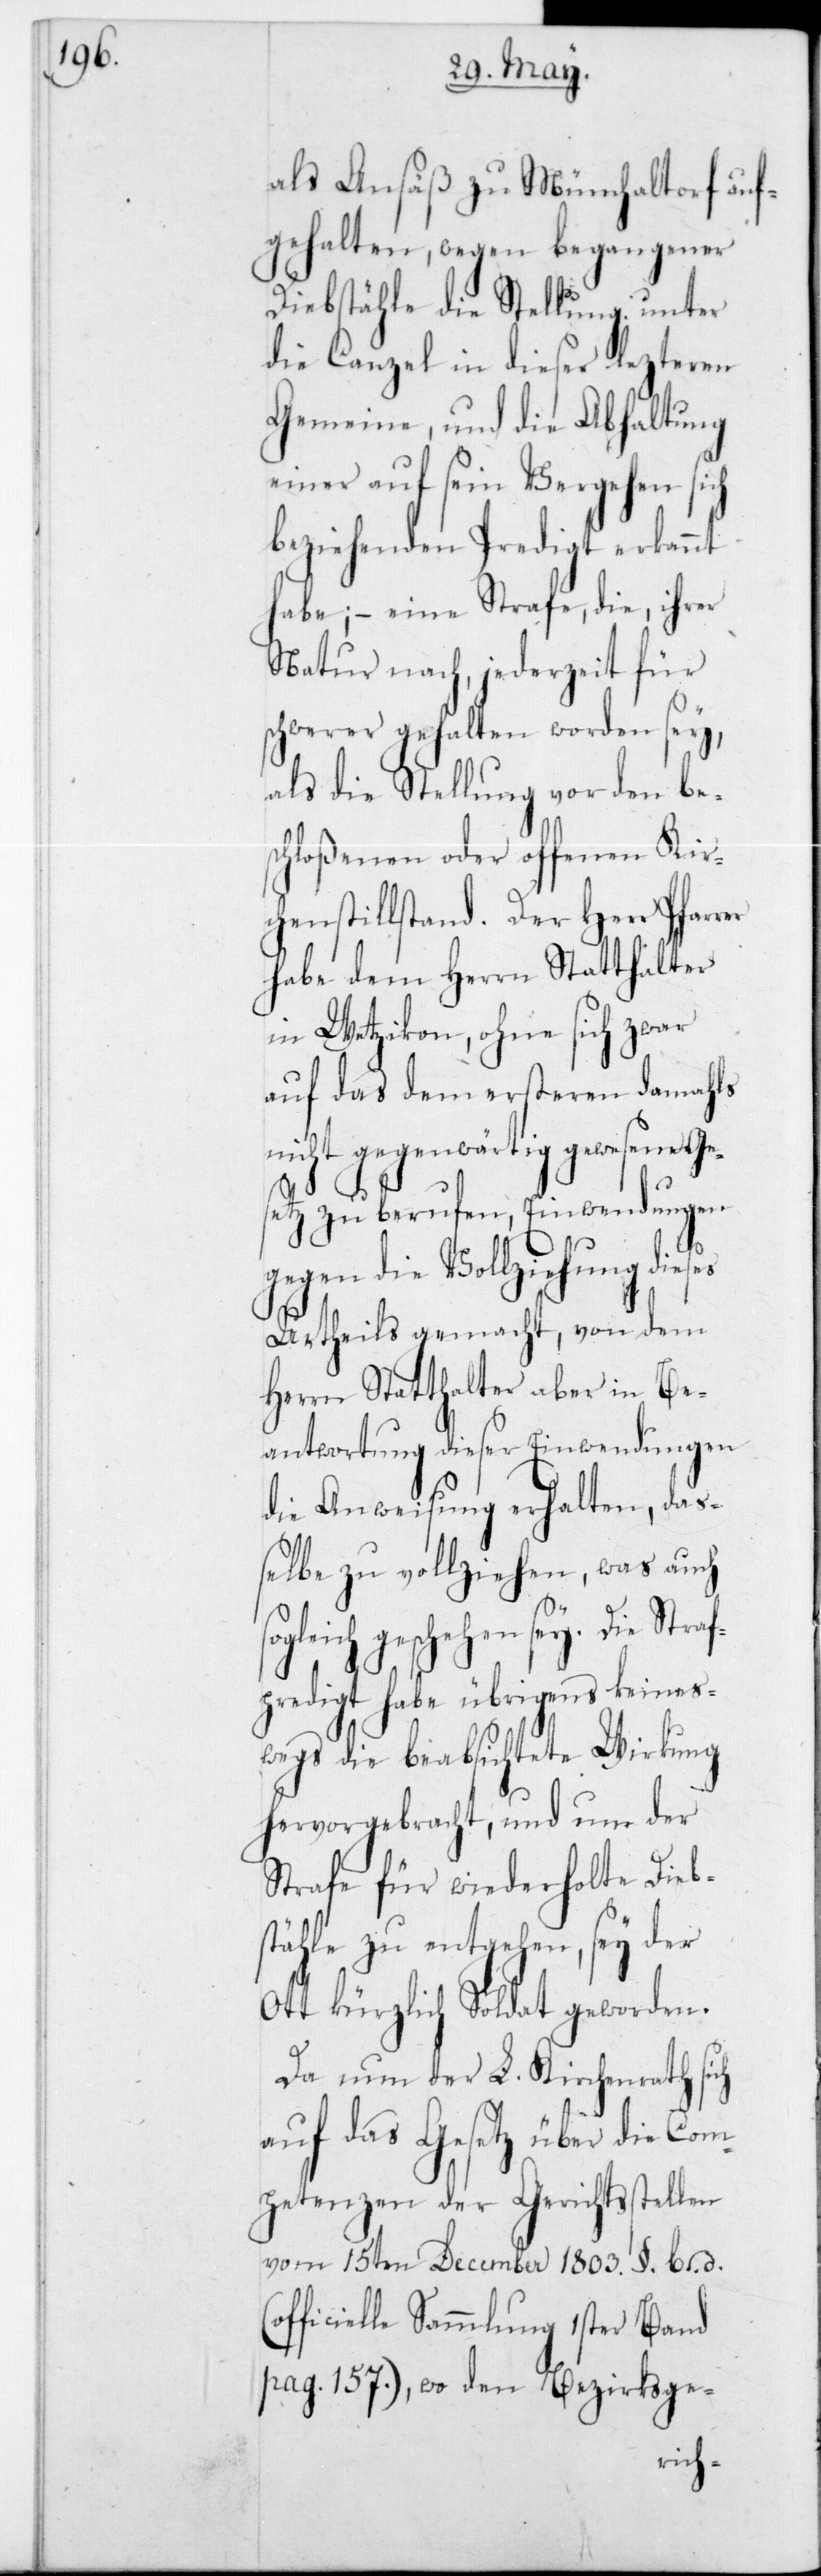
als Ansäß zu Mönchaltorf auf¬
gehalten, wegen begangener
Diebstähle die Stellung unter
die Canzel in dieser lezteren
Gemeinde, und die Abhaltung
einer auf sein Vergehen sich
beziehenden Predigt erkannt
habe; – eine Strafe, die, ihrer
Natur nach, jederzeit für
schwerer gehalten worden sey,
als die Stellung vor den be¬
schloßenen oder offenen Kir¬
chenstillstand. Der Herr Pfarrer
habe dem Herrn Statthalter
in Wetzikon, ohne sich zwar
auf das dem ersteren damahls
nicht gegenwärtig gewesene Ge¬
setz zu berufen; Einwendungen
gegen die Vollziehung
Urtheils gemacht, von dem
Herrn Statthalter aber in Be¬
antwortung dieser Einwendungen
die Anweisung erhalten, daß¬
elbe zu vollziehen, was auch
geschehen sey. Die Straf¬
predigt habe übrigens keines¬
wegs die beabsichtete Wirkung
hervorgebracht, und um der
Strafe für wiederholte Dieb¬
stähle zu entgehen, sey der
Ott kürzlich Soldat geworden.
Da nun der L. Kirchenrath sich
auf das Gesetz über die Com¬
petenzen der Gerichtsstellen
vom 15ten December 1803 § b, d, (of¬
ficielle Sammlung 1ster Band
pag. 157,) wo den Bezirksge-